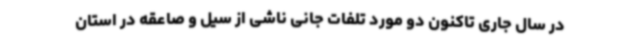
در سال جاری تاکنون دو مورد تلفات جانی ناشی از سیل و صاعقه در استان